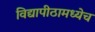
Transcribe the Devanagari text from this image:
विद्यापीठामध्येच